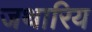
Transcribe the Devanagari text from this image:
जथारिय